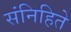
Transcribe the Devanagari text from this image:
संनिहिते